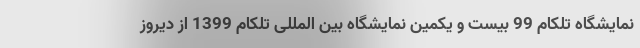
نمایشگاه تلکام 99 بیست و یکمین نمایشگاه بین المللی تلکام 1399 از دیروز